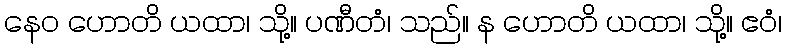
နေဝ ဟောတိ ယထာ၊ သို့။ ပဏီတံ၊ သည်။ န ဟောတိ ယထာ၊ သို့။ ဧဝံ၊